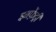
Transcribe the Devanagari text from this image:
इनफ़ेंट्री